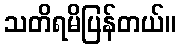
သတိရမိပြန်တယ်။